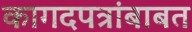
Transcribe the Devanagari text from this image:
कागदपत्रांबाबत